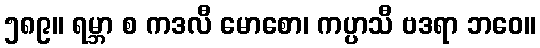
၅၈၉။ ရမ္ဘာ စ ကဒလီ မောစော၊ ကပ္ပာသီ ဗဒရာ ဘဝေ။